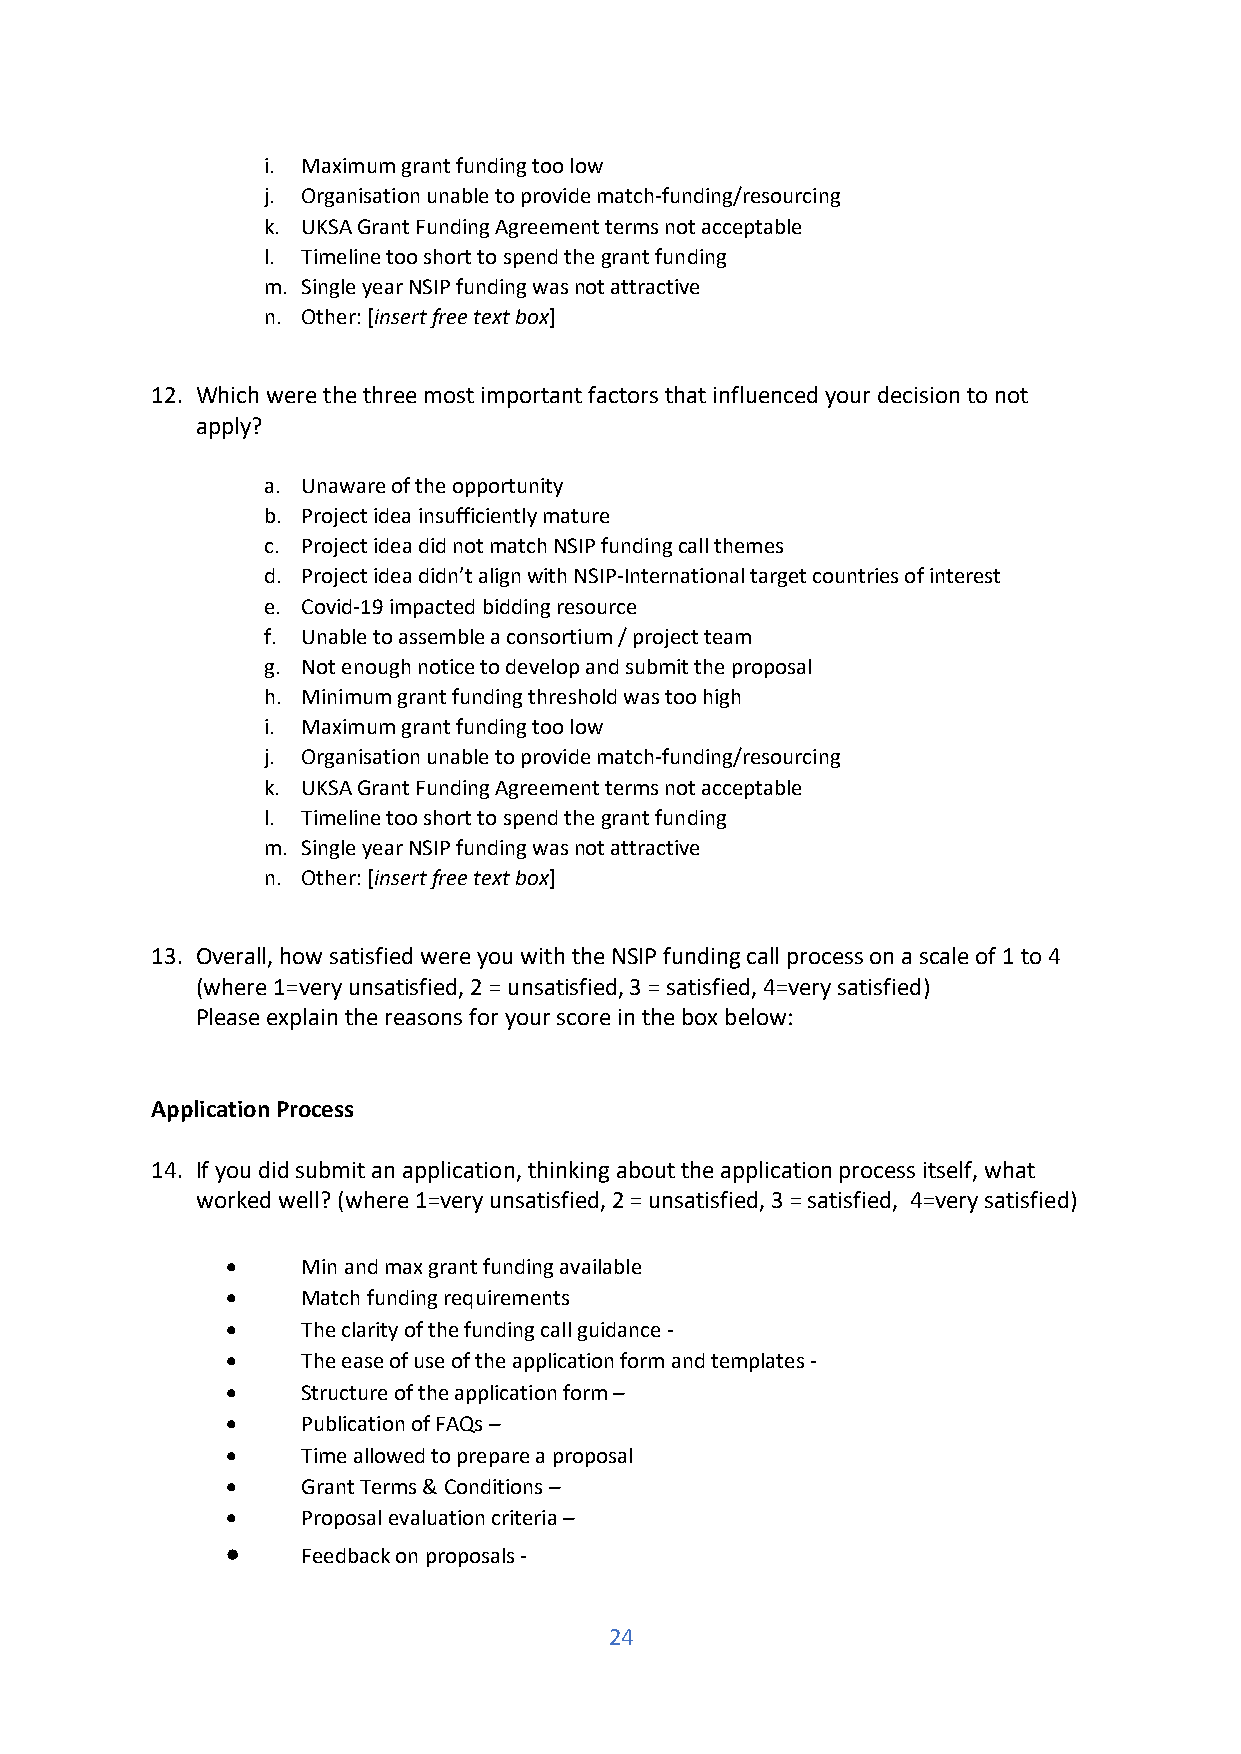
i. Maximum grant funding too low
 j. Organisation unable to provide match-funding/resourcing
 k. UKSA Grant Funding Agreement terms not acceptable
 l. Timeline too short to spend the grant funding
 m. Single year NSIP funding was not attractive
 n. Other: [insert free text box]
 12. Which were the three most important factors that influenced your decision to not
 apply?
 a. Unaware of the opportunity
 b. Project idea insufficiently mature
 c. Project idea did not match NSIP funding call themes
 d. Project idea didn’t align with NSIP-International target countries of interest
 e. Covid-19 impacted bidding resource
 f. Unable to assemble a consortium / project team
 g. Not enough notice to develop and submit the proposal
 h. Minimum grant funding threshold was too high
 i. Maximum grant funding too low
 j. Organisation unable to provide match-funding/resourcing
 k. UKSA Grant Funding Agreement terms not acceptable
 l. Timeline too short to spend the grant funding
 m. Single year NSIP funding was not attractive
 n. Other: [insert free text box]
 13. Overall, how satisfied were you with the NSIP funding call process on a scale of 1 to 4
 (where 1=very unsatisfied, 2 = unsatisfied, 3 = satisfied, 4=very satisfied)
 Please explain the reasons for your score in the box below:
 Application Process
 14. If you did submit an application, thinking about the application process itself, what
 worked well? (where 1=very unsatisfied, 2 = unsatisfied, 3 = satisfied, 4=very satisfied)
 •    Min and max grant funding available
 •    Match funding requirements
 •    The clarity of the funding call guidance -
 •    The ease of use of the application form and templates -
 •    Structure of the application form –
 •    Publication of FAQs –
 •    Time allowed to prepare a proposal
 •    Grant Terms & Conditions –
 •    Proposal evaluation criteria –
 •    Feedback on proposals -
 24